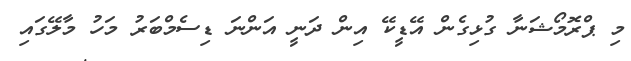
މި ޕްރޮމޯޝަނާ ގުޅިގެން އޭޑީކޭ އިން ދަނީ އަންނަ ޑިސެމްބަރު މަހު މާލޭގައި